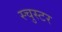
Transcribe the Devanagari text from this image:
स्चुस्टर